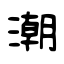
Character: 潮